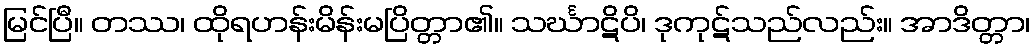
မြင်ပြီ။ တဿ၊ ထိုရဟန်းမိန်းမပြိတ္တာ၏။ သင်္ဃာဋိပိ၊ ဒုကုဋ်သည်လည်း။ အာဒိတ္တာ၊